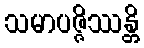
သမာပဇ္ဇိဿန္တိ